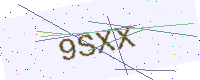
Text: 9SXX